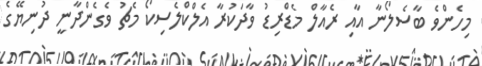
މިހެންވެ ބާސެލޯނާ އާއި ރެއާލް މެޑްރިޑު ވާދަކުރާ އެލްކްލެސިކޯ މެޗު ވެގެންދާނީ ދުނިޔޭގެ